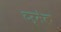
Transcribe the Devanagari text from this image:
टर्मेक